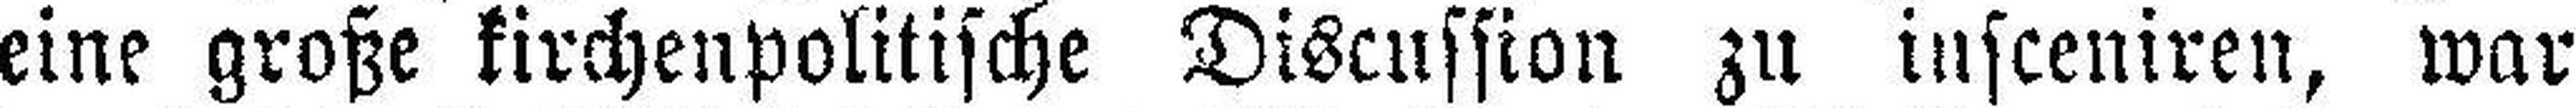
eine große kirchenpolitische Discussion zu insceniren, war